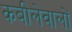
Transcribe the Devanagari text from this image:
कबीलेवालों